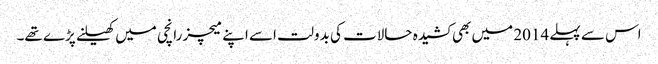
اس سے پہلے 2014 میں بھی کشیدہ حالات کی بدولت اسے اپنے میچز رانچی میں کھیلنے پڑے تھے۔